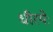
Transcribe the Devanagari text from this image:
धीरयेः